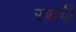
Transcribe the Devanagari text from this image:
स्‍थयी